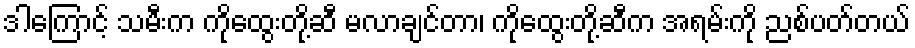
ဒါကြောင့် သမီးက ကိုထွေးတို့ဆီ မလာချင်တာ၊ ကိုထွေးတို့ဆီက အရမ်းကို ညစ်ပတ်တယ်